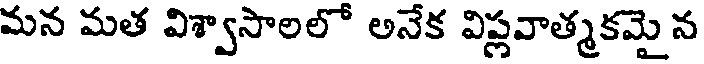
మన మత విశ్వాసాలలో అనేక విప్లవాత్మకమై న